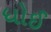
ધોઈ